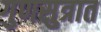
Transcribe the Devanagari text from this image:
गुणसुत्रात